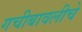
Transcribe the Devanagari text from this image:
गचीबावलीचे